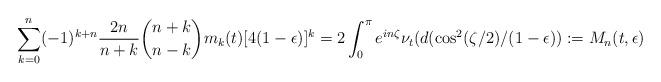
LaTeX: \begin{align*} \sum_{k=0}^n(-1)^{k+n} \frac{2n}{n+k}\binom{n+k}{n-k} m_k(t)[4(1-\epsilon)]^k = 2\int_0^{\pi}e^{in\zeta} \nu_t(d(\cos^2(\zeta/2)/(1-\epsilon)):= M_n(t,\epsilon)\end{align*}